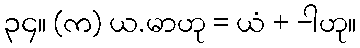
၃၄။ (က) ယ.မာဟု = ယံ + -ါဟု။